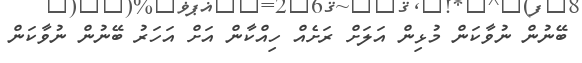
ބޭނުން ނުވާކަން މުޅިން އަލަށް ރަށެއް ހިއްކާން އަށް އަހަރު ބޭނުން ނުވާކަން